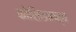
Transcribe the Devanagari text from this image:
कोशिकातत्व